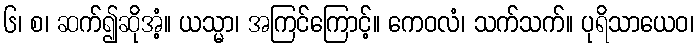
၆၊ စ၊ ဆက်၍ဆိုအံ့။ ယသ္မာ၊ အကြင်ကြောင့်။ ကေဝလံ၊ သက်သက်။ ပုရိသာယေဝ၊